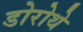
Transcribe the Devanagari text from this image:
डोरोथे